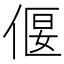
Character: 偃